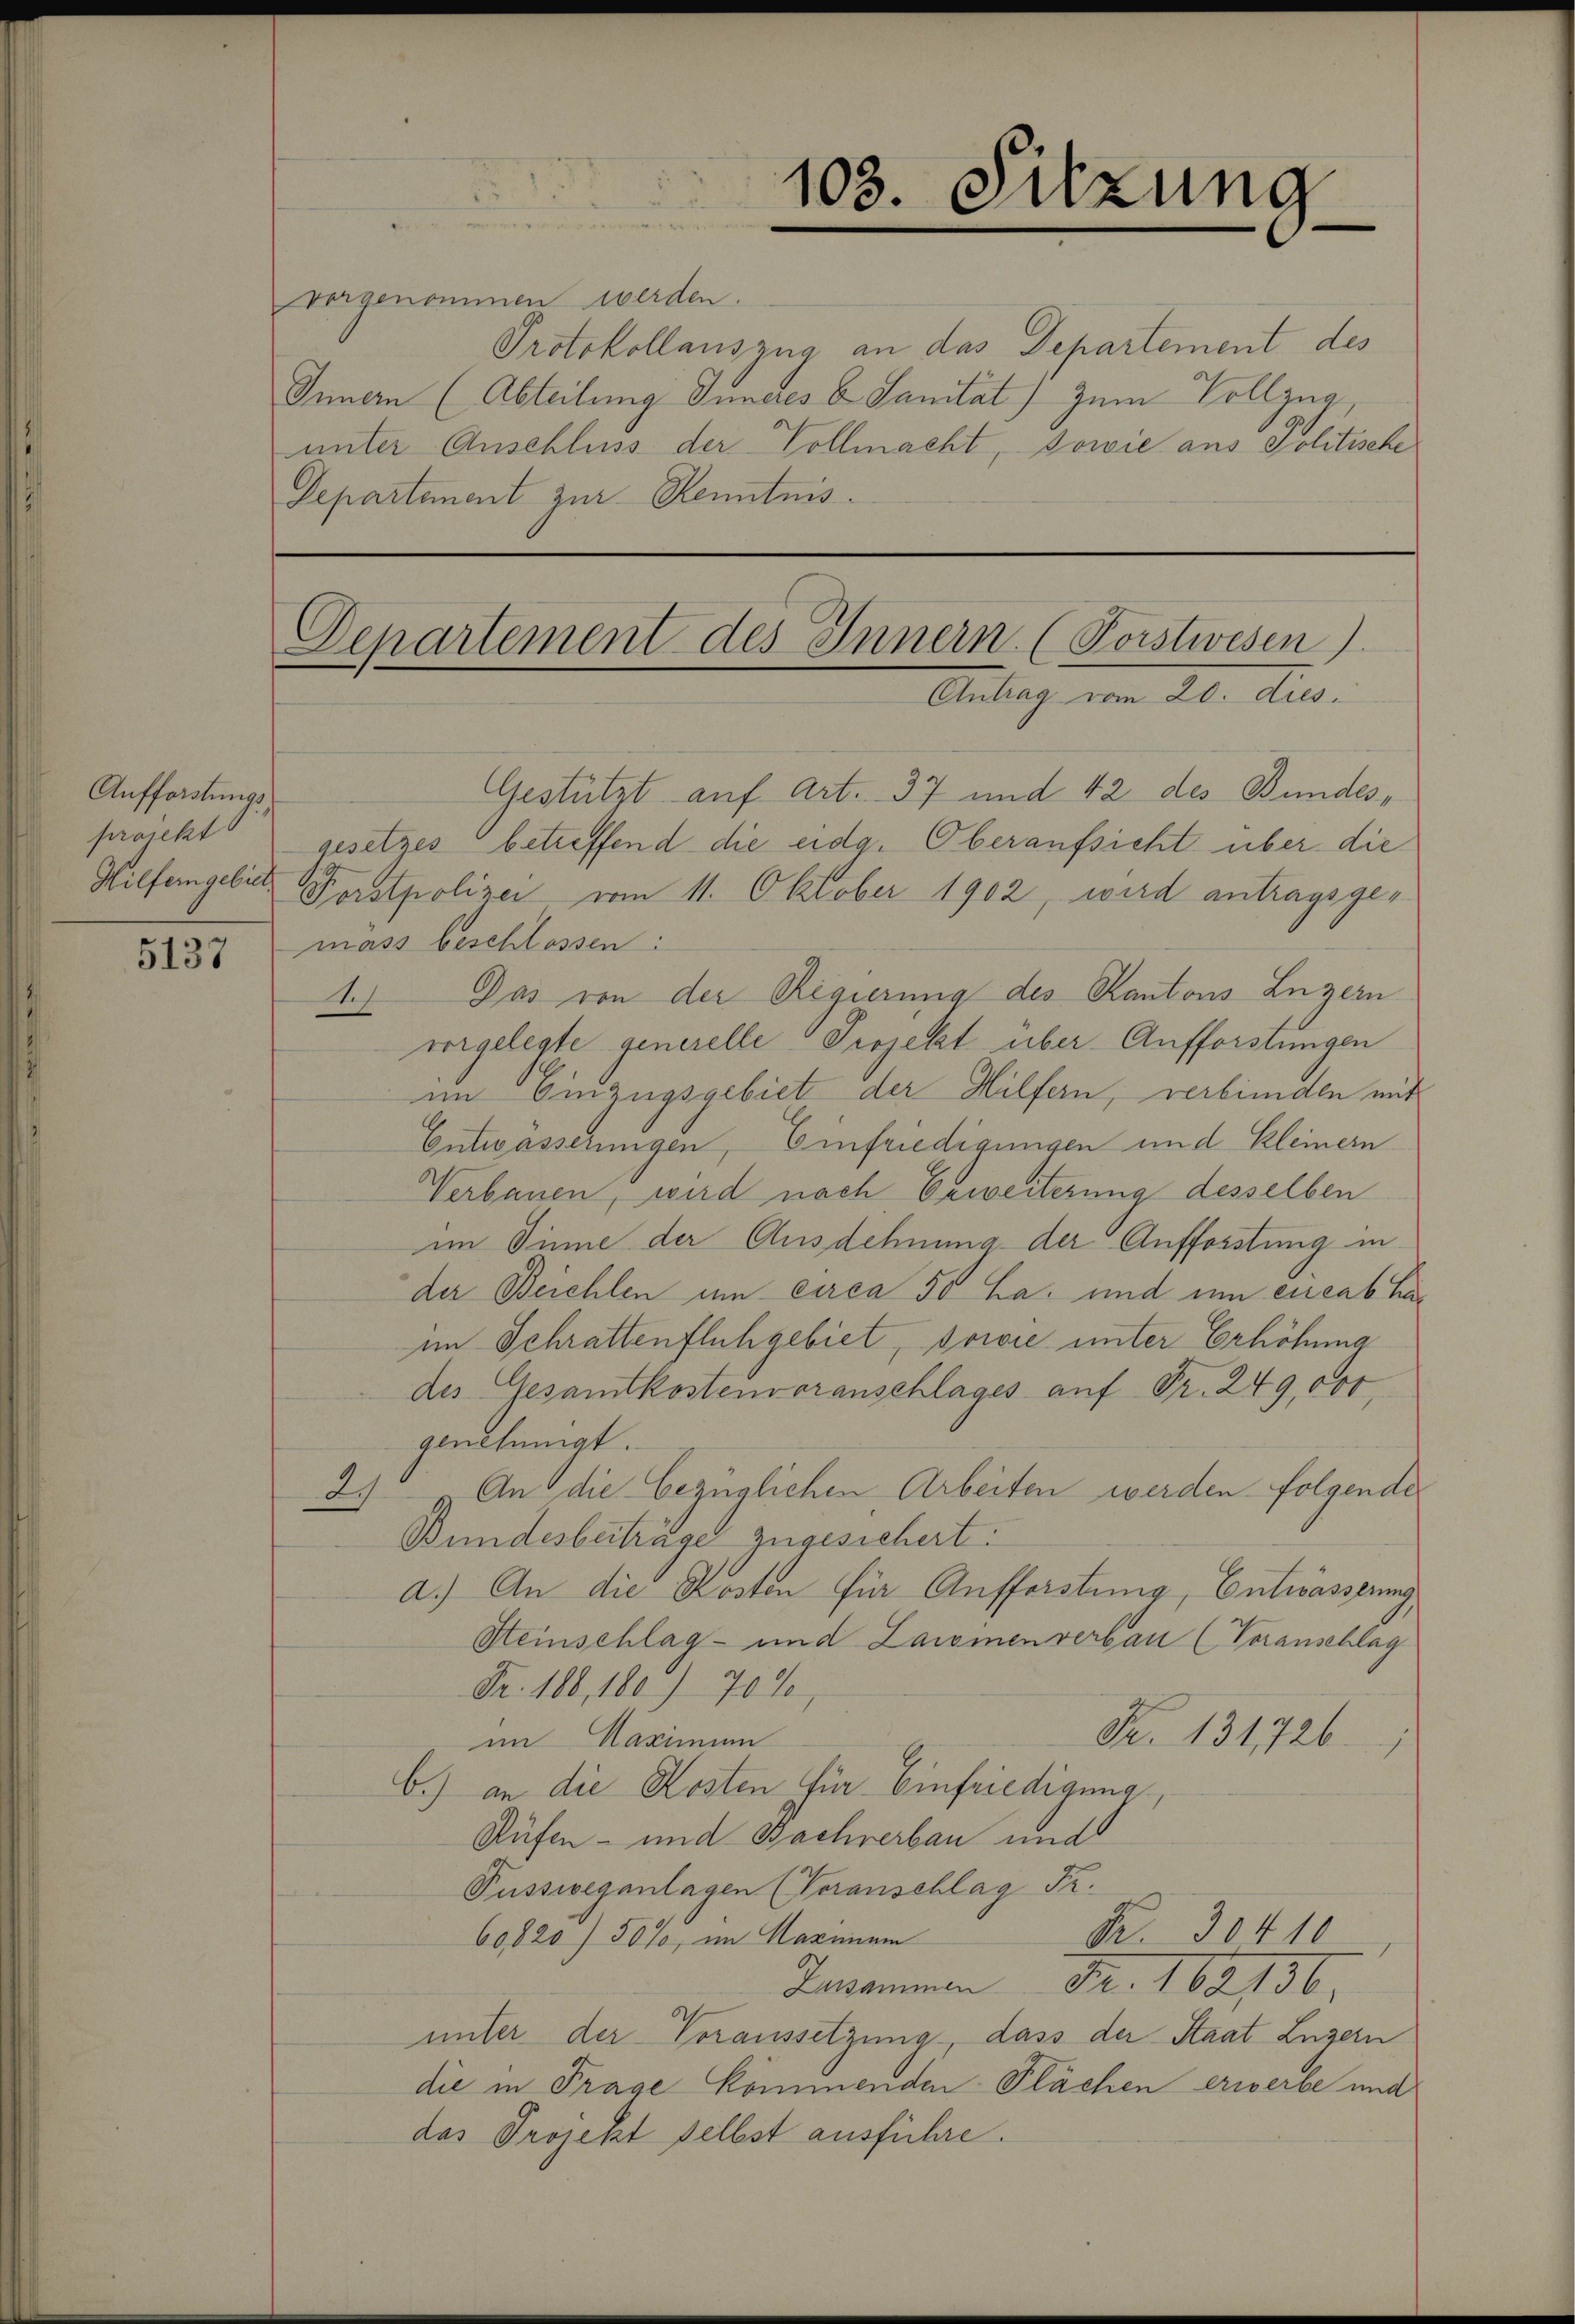
Aufforstungsprojekt
Hilfergebiet

5137

103. Sitzung

vorgenommen werden.
Protokollauszug an das Departement des
Innern (Abteilung Inneres C. Sanität) zum Vollzug
unter Anschluss der Vollmacht, sowie aus Politische
Departement zur Kenntnis.

Departement des Innern. (Forstwesen)
Antrag vom 20. dies

Gestützt auf Art. 37 und 42 des Bundesgesetzes betreffend die eidg. Oberaufsicht über die
Forstpolizei vom 11. Oktober 1902, wird antragsgemäss beschlossen:
1.) Das von der Regierung des Kantons Luzern
vorgelegte generelle Projekt über Aufforstungen
im Omzugsgebiet der Hilfern, verbunden mit
Entwässerungen, Einfriedigungen und Kleinern
Verbauen, wird nach Erweiterung desselben
im Sinne der Ausdehnung der Aufforstung in
der Beichlen um circa 50 La; und um eneabha
im Schrattenfluhgebiet, sowie unter Erhöhung
des Gesamtkostenvoranschlages auf Fr. 249,000.
genehmigt.
An die bezüglichen Arbeiten werden folgende
2
Bundesbeiträge zugesichert:
a.) An die Kosten für Aufforstung, Entwässerung,
Steinschlag- und Laismen verbau (Voranschlag
Fr. 188,100. 70 %
Nr. 1317261
im Maximum
b.) an die Kosten für Einfriedigung,
Rüfen- und Bachverbau und
Fusswegenlagen (Veranschlag Fr.
Nr. 30410
60,820) 50%, im Harnium
Zusammen Fr. 162136.
unter der Voraussetzung, dass der Staat Luzern
die in Frage kommenden Flächen erwerbe und
das Projekt selbst ausführe.